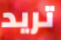
تريد